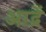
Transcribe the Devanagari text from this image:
आद्रें